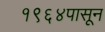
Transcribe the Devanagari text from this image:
१९६४पासून